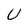
Character: U